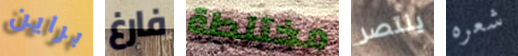
براين فارغ مختلطة ينتصر شعره